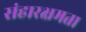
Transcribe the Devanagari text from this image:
संहारक्षमता